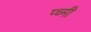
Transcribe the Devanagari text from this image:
प्च्मी